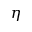
\eta